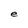
Character: e